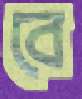
বে